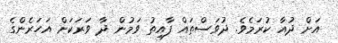
އަށް ދުއާ ކުރަމެވެ. ދުވަސްތައް ފާއިތު ވަމުން ދާ ވަރަކަށް އަހަރެންގެ